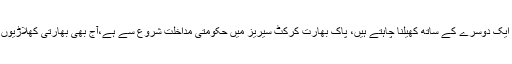
پاک بھارت کرکٹ سیریز سے متعلق انہوں نے کہا کہ پاکستانی اور بھارتی کھلاڑی دونوں ایک دوسرے کے ساتھ کھیلنا چاہتے ہیں، پاک بھارت کرکٹ سیریز میں حکومتی مداخلت شروع سے ہے،آج بھی بھارتی کھلاڑیوں کے ساتھ رابطے ہوتے ہیں، پاکستان اور بھارت کی ٹیموں کے درمیان سیریز ہونی چاہیے۔